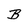
Character: B